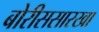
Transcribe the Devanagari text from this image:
बोरीससारखा